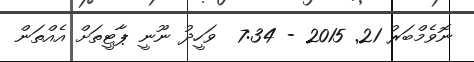
ނޮވެމްބަރު 21